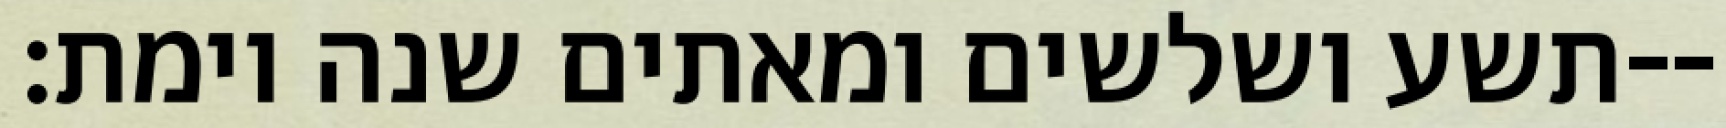
תשע ושלשים ומאתים שנה וימת׃--